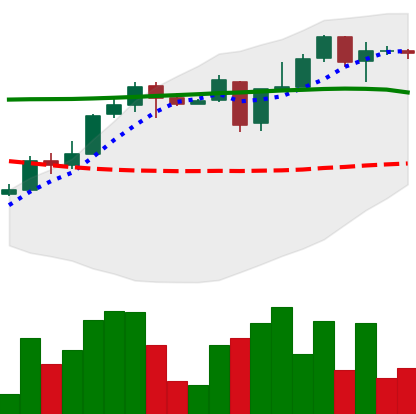
Ticker: XLM-USD
Chart end date: 2018-05-03
Forward return: -11.662%
Label: down_7plus